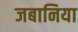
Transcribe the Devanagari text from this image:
जबानिया